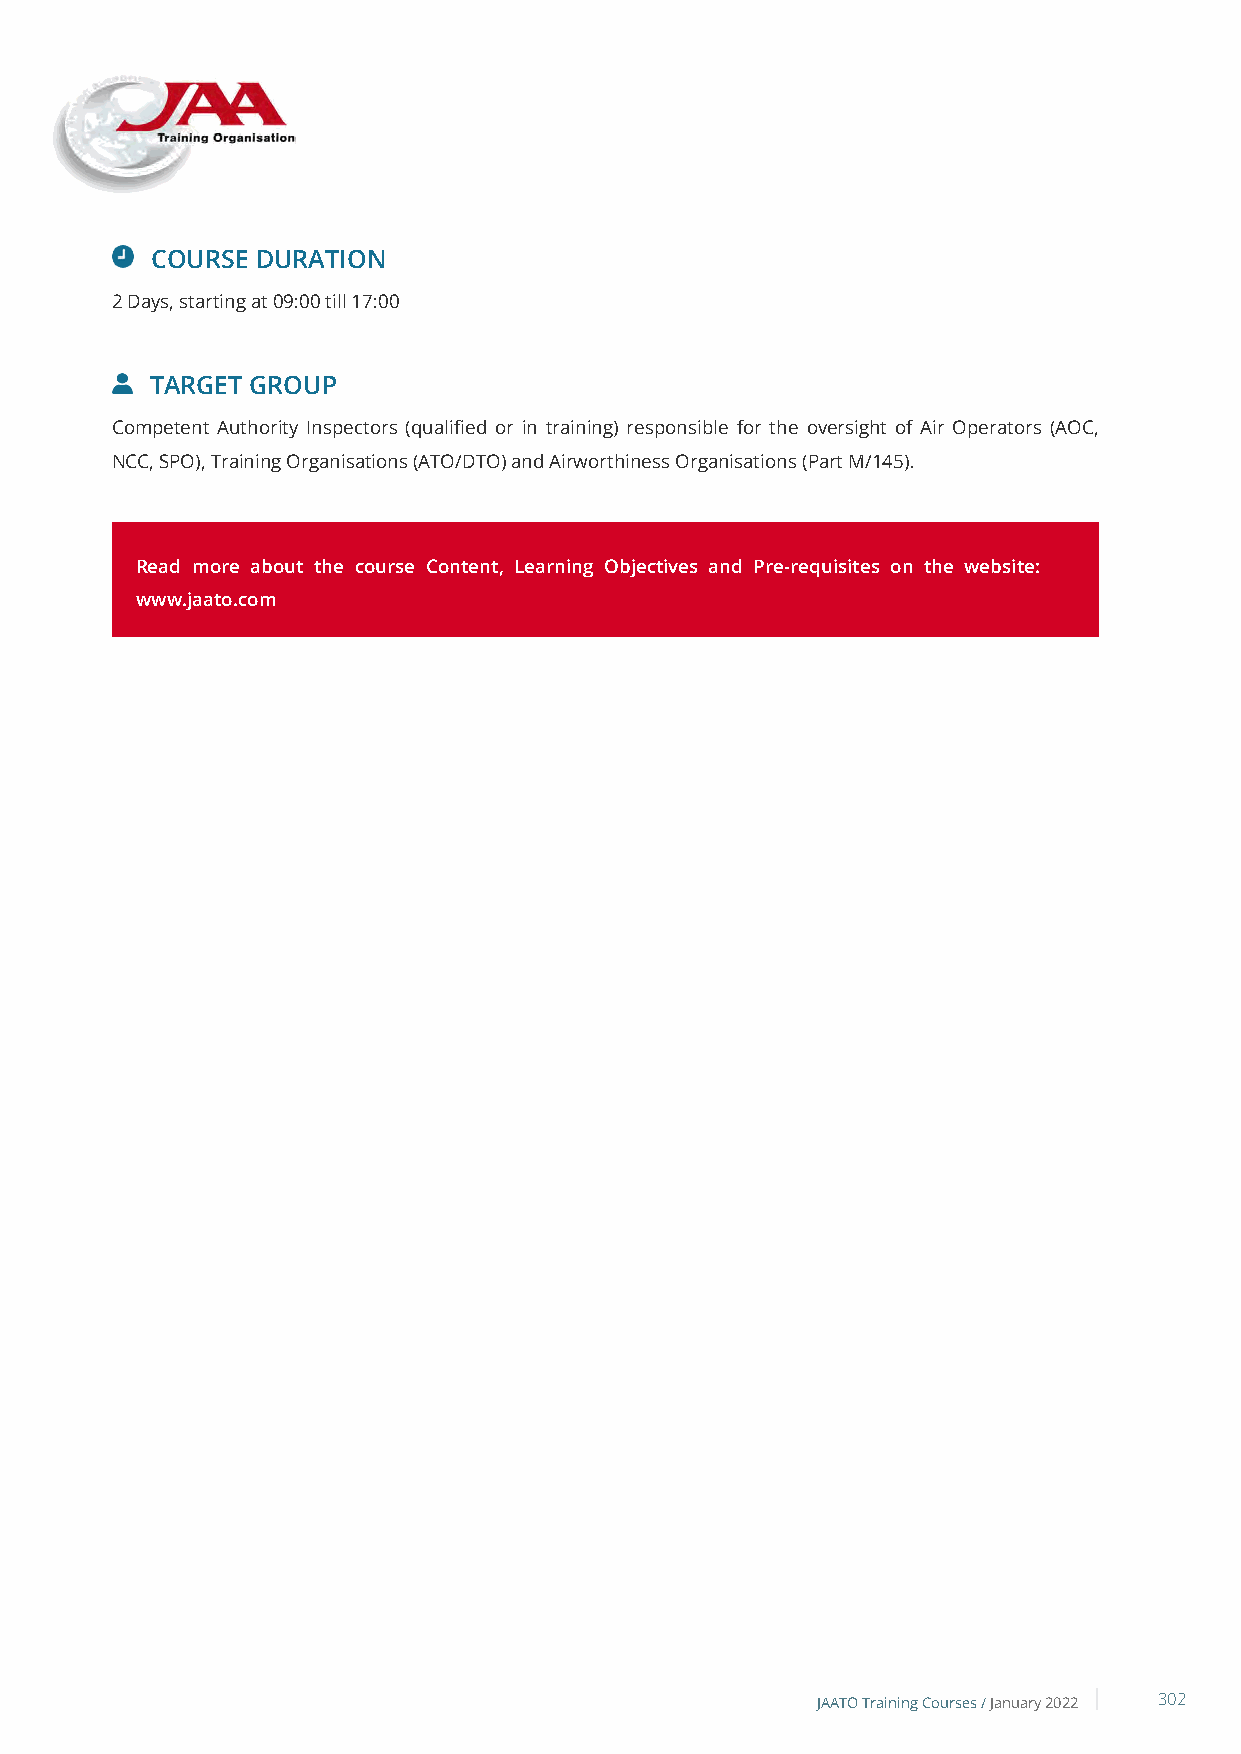
COURSE DURATION
 2 Days, starting at 09:00 till 17:00
 TARGET GROUP
 Competent Authority Inspectors (qualified or in training) responsible for the oversight of Air Operators (AOC,
 NCC, SPO), Training Organisations (ATO/DTO) and Airworthiness Organisations (Part M/145).
 Read more about the course Content, Learning Objectives and Pre-requisites on the website:
 www.jaato.com
 JAATO Training Courses /January 2022 302